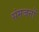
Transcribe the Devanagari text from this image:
संमजनों